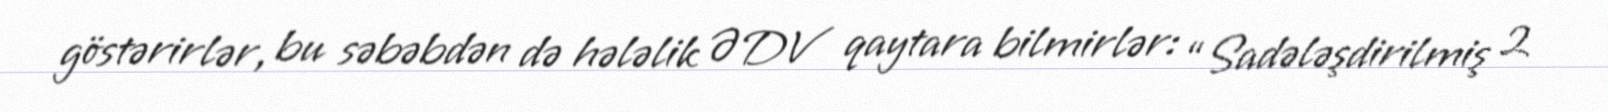
göstərirlər, bu səbəbdən də hələlik ƏDV qaytara bilmirlər: “Sadələşdirilmiş 2